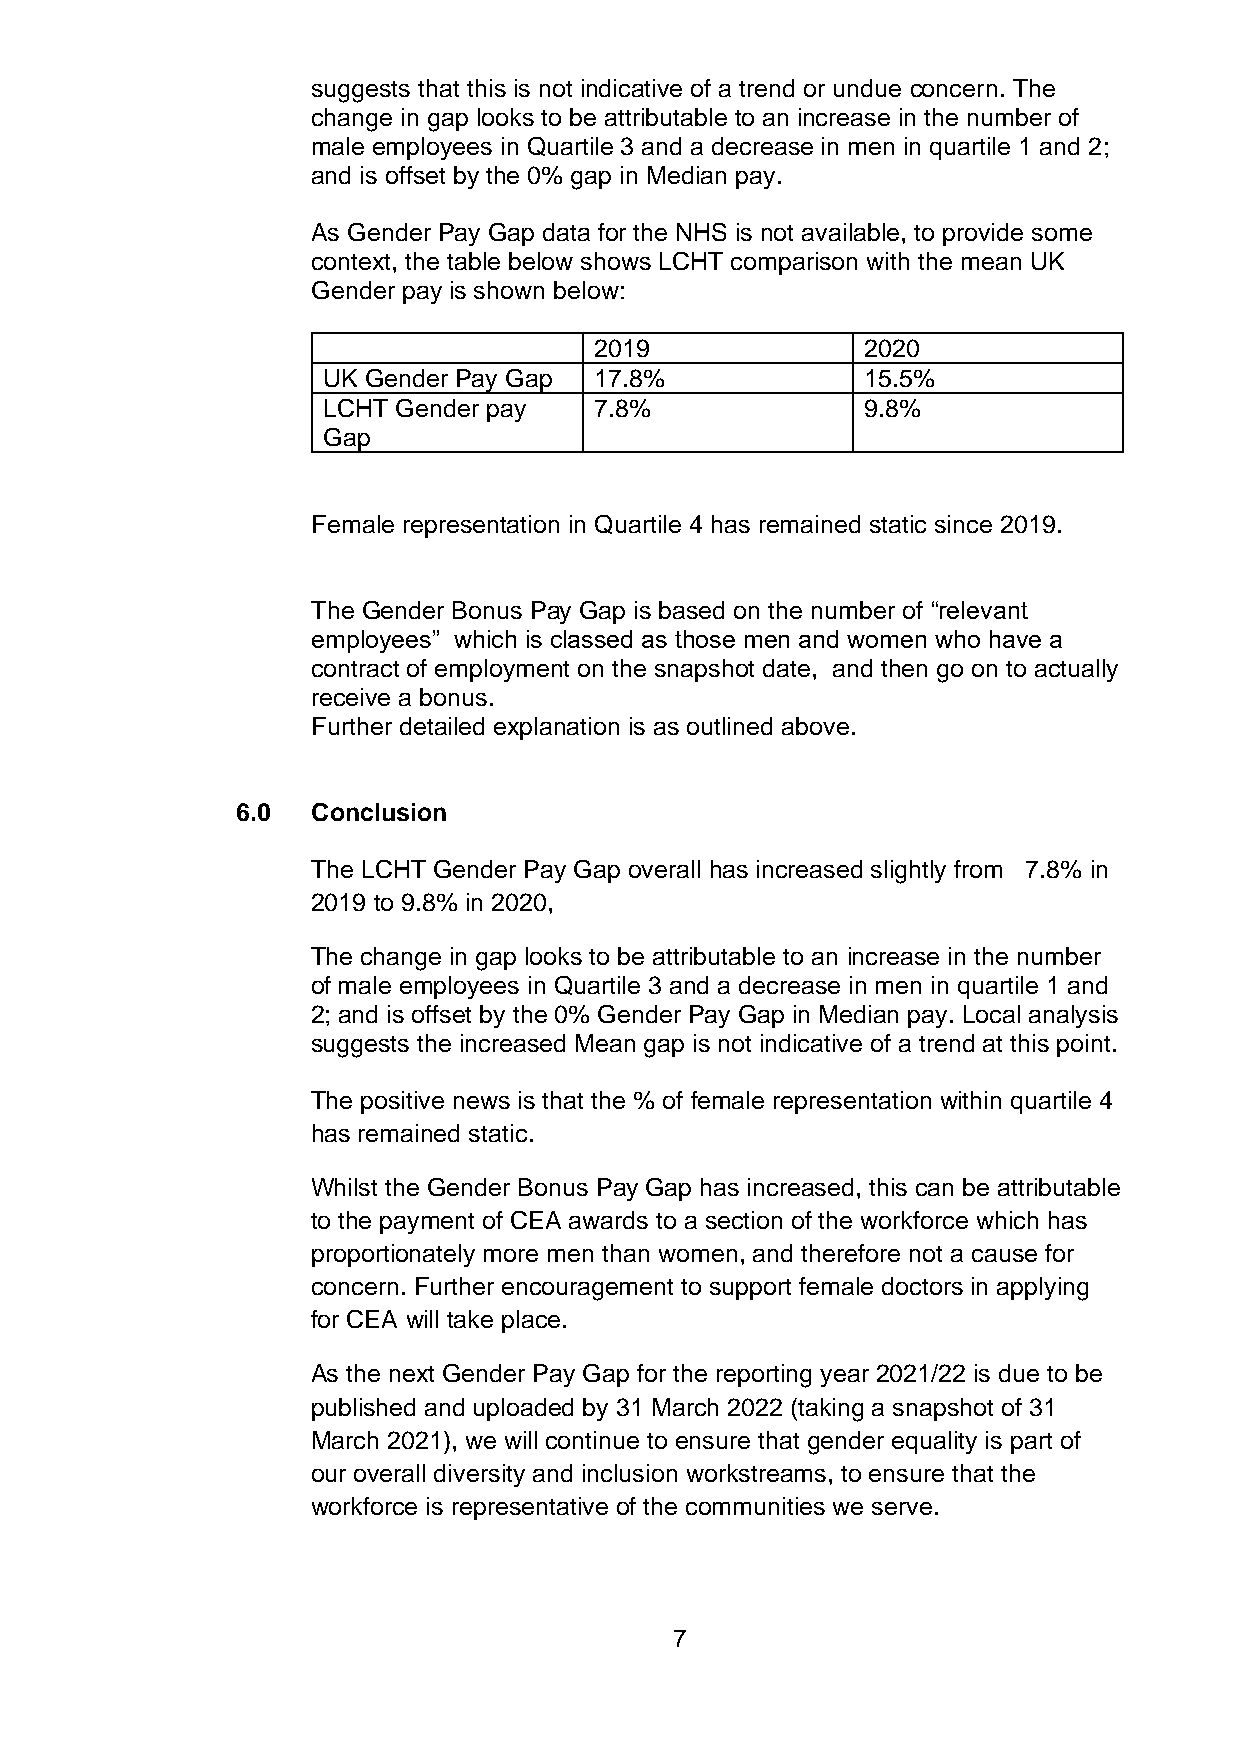
suggests that this is not indicative of a trend or undue concern. The
 change in gap looks to be attributable to an increase in the number of
 male employees in Quartile 3 and a decrease in men in quartile 1 and 2;
 and is offset by the 0% gap in Median pay.
 As Gender Pay Gap data for the NHS is not available, to provide some
 context, the table below shows LCHT comparison with the mean UK
 Gender pay is shown below:
 2019              2020
 UK Gender Pay Gap 17.8%             15.5%
 LCHT Gender pay   7.8%              9.8%
 Gap
 Female representation in Quartile 4 has remained static since 2019.
 The Gender Bonus Pay Gap is based on the number of “relevant
 employees” which is classed as those men and women who have a
 contract of employment on the snapshot date, and then go on to actually
 receive a bonus.
 Further detailed explanation is as outlined above.
 6.0  Conclusion
 The LCHT Gender Pay Gap overall has increased slightly from 7.8% in
 2019 to 9.8% in 2020,
 The change in gap looks to be attributable to an increase in the number
 of male employees in Quartile 3 and a decrease in men in quartile 1 and
 2; and is offset by the 0% Gender Pay Gap in Median pay. Local analysis
 suggests the increased Mean gap is not indicative of a trend at this point.
 The positive news is that the % of female representation within quartile 4
 has remained static.
 Whilst the Gender Bonus Pay Gap has increased, this can be attributable
 to the payment of CEA awards to a section of the workforce which has
 proportionately more men than women, and therefore not a cause for
 concern. Further encouragement to support female doctors in applying
 for CEA will take place.
 As the next Gender Pay Gap for the reporting year 2021/22 is due to be
 published and uploaded by 31 March 2022 (taking a snapshot of 31
 March 2021), we will continue to ensure that gender equality is part of
 our overall diversity and inclusion workstreams, to ensure that the
 workforce is representative of the communities we serve.
 7